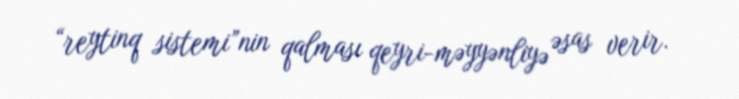
“reytinq sistemi”nin qalması qeyri-məyyənliyə əsas verir.